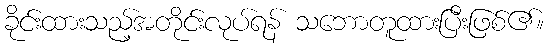
ခိုင်းထားသည့်အတိုင်းလုပ်ရန် သဘောတူထားပြီးဖြစ်၏။